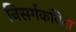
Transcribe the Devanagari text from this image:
निसर्गकविता